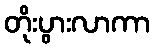
တိုးပွားလာကာ